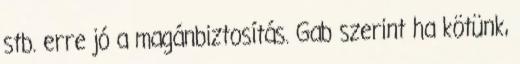
stb. erre jó a magánbiztosítás. Gab szerint ha kötünk,